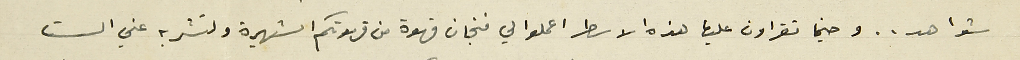
شواهد.. وحينما تقراون عليها هذه الاسطر اعملوا لي فنجان قهوة من قهوتكم الشهيرة ولتشربه عني الست